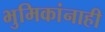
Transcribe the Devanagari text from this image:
भुमिकांनाही